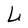
Character: L